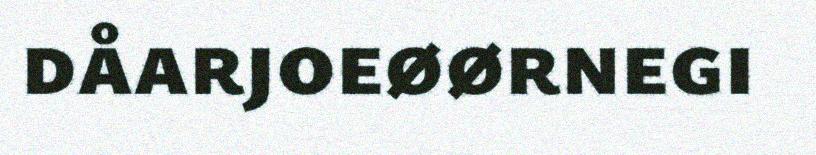
dåarjoeøørnegi